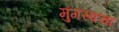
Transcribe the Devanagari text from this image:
मुंगसाचा